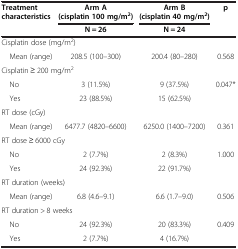
<table><thead><tr><td rowspan="2"><b>Treatment characteristics</b></td><td><b>Arm A (cisplatin 100 mg/m<sup>2</sup>)</b></td><td><b>Arm B (cisplatin 40 mg/m<sup>2</sup>)</b></td><td rowspan="2"><b>p</b></td></tr><tr><td><b>N = 26</b></td><td><b>N = 24</b></td></tr></thead><tbody><tr><td colspan="4">Cisplatin dose (mg/m<sup>2</sup>)</td></tr><tr><td> Mean (range)</td><td>208.5 (100–300)</td><td>200.4 (80–280)</td><td>0.568</td></tr><tr><td colspan="4">Cisplatin ≥ 200 mg/m<sup>2</sup></td></tr><tr><td> No</td><td>3 (11.5%)</td><td>9 (37.5%)</td><td rowspan="2">0.047*</td></tr><tr><td> Yes</td><td>23 (88.5%)</td><td>15 (62.5%)</td></tr><tr><td colspan="4">RT dose (cGy)</td></tr><tr><td>Mean (range)</td><td>6477.7 (4820–6600)</td><td>6250.0 (1400–7200)</td><td>0.361</td></tr><tr><td colspan="4">RT dose ≥ 6000 cGy</td></tr><tr><td> No</td><td>2 (7.7%)</td><td>2 (8.3%)</td><td rowspan="2">1.000</td></tr><tr><td> Yes</td><td>24 (92.3%)</td><td>22 (91.7%)</td></tr><tr><td colspan="4">RT duration (weeks)</td></tr><tr><td>Mean (range)</td><td>6.8 (4.6–9.1)</td><td>6.6 (1.7–9.0)</td><td>0.506</td></tr><tr><td colspan="4">RT duration &gt; 8 weeks</td></tr><tr><td> No</td><td>24 (92.3%)</td><td>20 (83.3%)</td><td rowspan="2">0.409</td></tr><tr><td> Yes</td><td>2 (7.7%)</td><td>4 (16.7%)</td></tr></tbody></table>